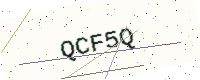
Text: QCF5Q